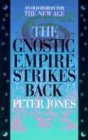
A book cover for The Gnostic Empire Strikes Back: An Old Heresy for the New Age; Peter Jones; Christian Books & Bibles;